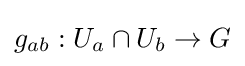
g_{ab}:U_{a}\cap U_{b}\to G